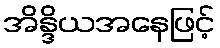
အိန္ဒိယအနေဖြင့်